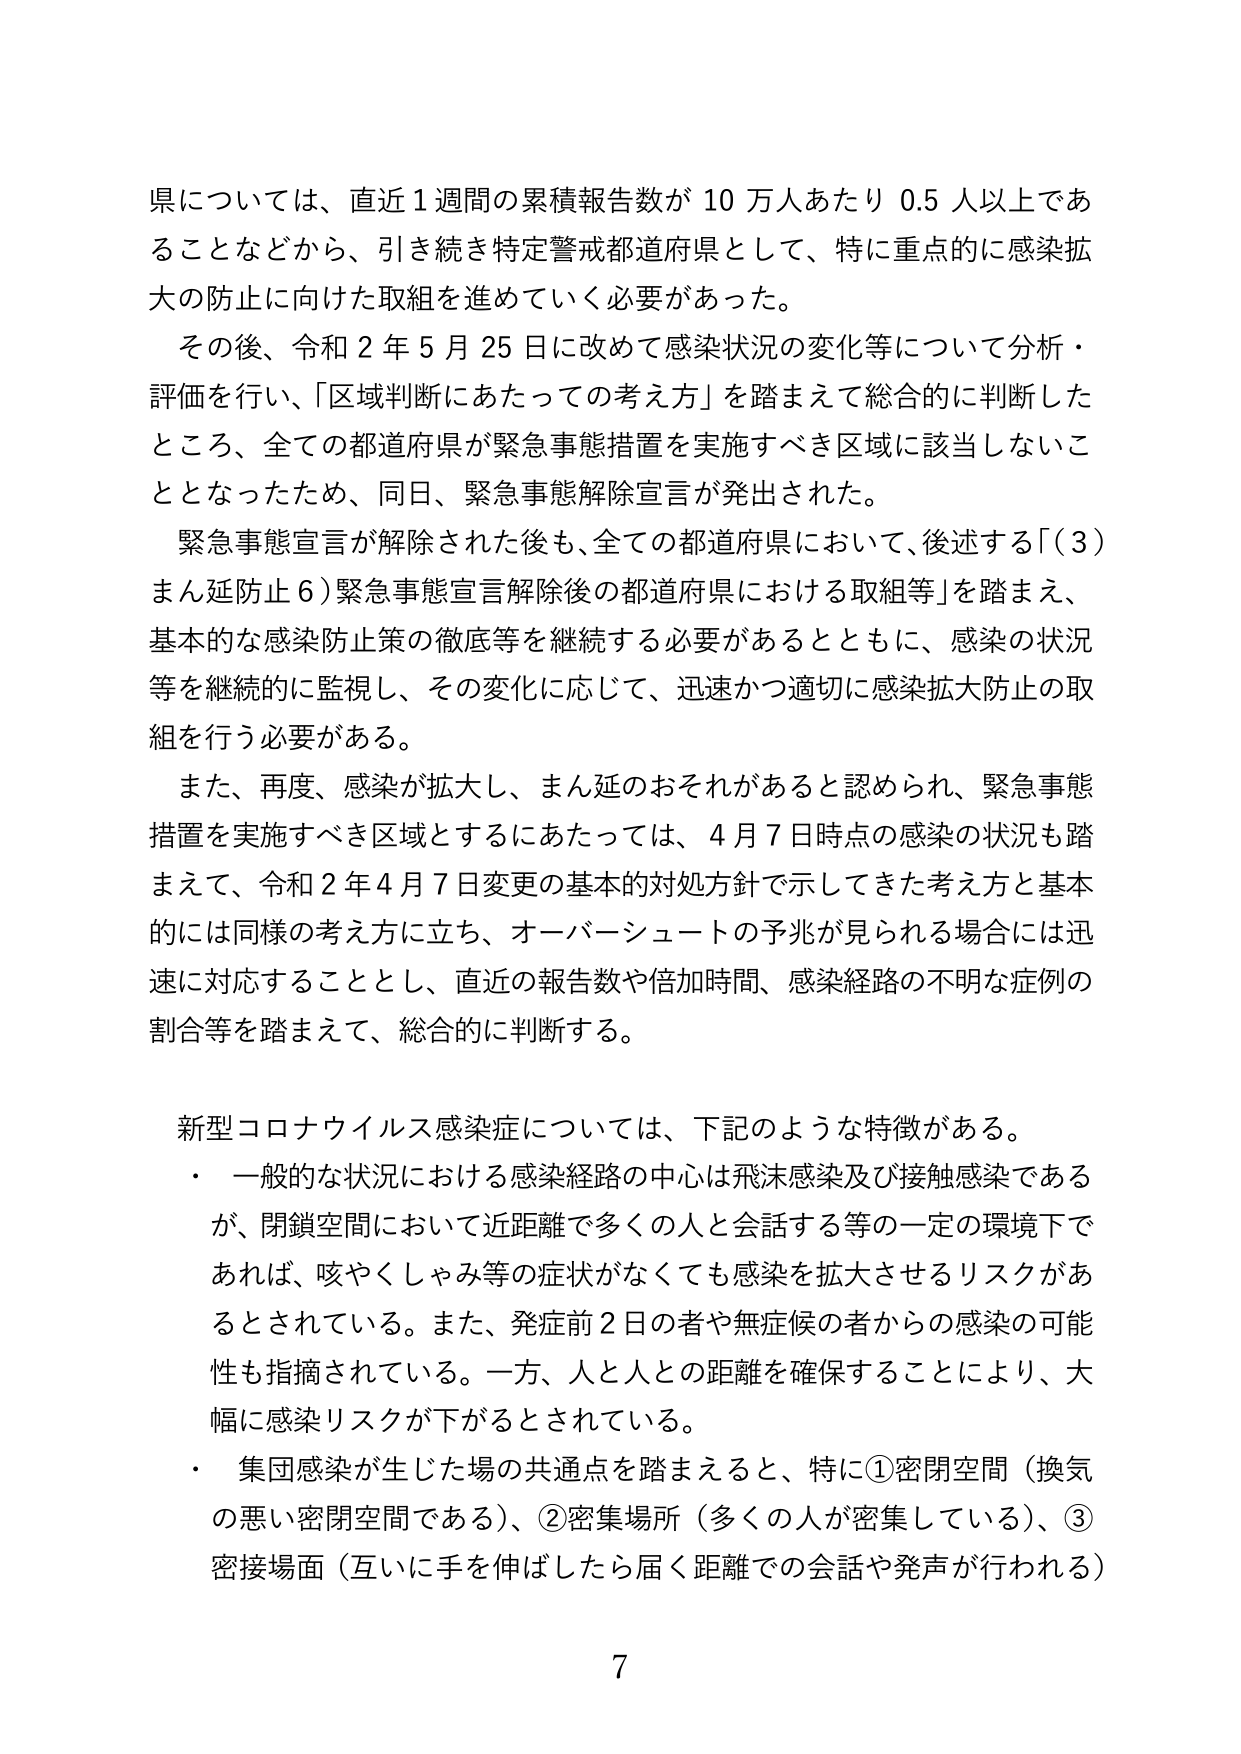
県については、直近１週間の累積報告数が１０万人あたり０.５人以上であることなどから、引き続き特定警戒都道府県として、特に重点的に感染拡大の防止に向けた取組を進めていく必要があった。

その後、令和２年５月２５日に改めて感染状況の変化等について分析・評価を行い、「区域判断にあたっての考え方」を踏まえて総合的に判断したところ、全ての都道府県が緊急事態措置を実施すべき区域に該当しないこととなったため、同日、緊急事態解除宣言が発出された。

緊急事態宣言が解除された後も、全ての都道府県において、後述する「（３）まん延防止６）緊急事態宣言解除後の都道府県における取組等」を踏まえ、基本的な感染防止策の徹底等を継続する必要があるとともに、感染の状況等を継続的に監視し、その変化に応じて、迅速かつ適切に感染拡大防止の取組を行う必要がある。

また、再度、感染が拡大し、まん延のおそれがあると認められ、緊急事態措置を実施すべき区域とするにあたっては、４月７日時点の感染の状況も踏まえて、令和２年４月７日変更の基本的対処方針で示してきた考え方と基本的には同様の考え方に立ち、オーバーシュートの予兆が見られる場合には迅速に対応することとし、直近の報告数や倍加時間、感染経路の不明な症例の割合等を踏まえて、総合的に判断する。

新型コロナウイルス感染症については、下記のような特徴がある。

・一般的な状況における感染経路の中心は飛沫感染及び接触感染であるが、閉鎖空間において近距離で多くの人と会話する等の一定の環境下であれば、咳やくしゃみ等の症状がなくても感染を拡大させるリスクがあるとされている。また、発症前２日の者や無症候の者からの感染の可能性も指摘されている。一方、人と人との距離を確保することにより、大幅に感染リスクが下がるとされている。

・集団感染が生じた場の共通点を踏まえると、特に①密閉空間（換気の悪い密閉空間である）、②密集場所（多くの人が密集している）、③密接場面（互いに手を伸ばしたら届く距離での会話や発声が行われる）

7